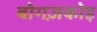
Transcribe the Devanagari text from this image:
बोगज़कोइ